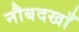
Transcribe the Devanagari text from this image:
नौबदखाँ